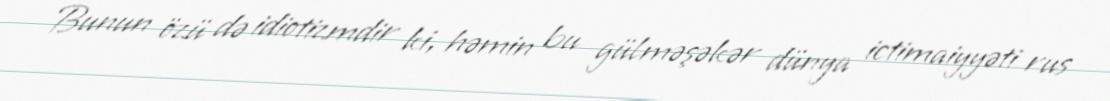
Bunun özü də idiotizmdir ki, həmin bu gülməşəkər dünya ictimaiyyəti rus